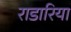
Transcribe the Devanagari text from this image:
राडारिया